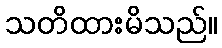
သတိထားမိသည်။